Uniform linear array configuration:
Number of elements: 64
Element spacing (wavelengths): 1
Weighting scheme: blackman
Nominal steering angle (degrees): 0
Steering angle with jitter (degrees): -0.5397
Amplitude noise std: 0.05
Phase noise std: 0.05

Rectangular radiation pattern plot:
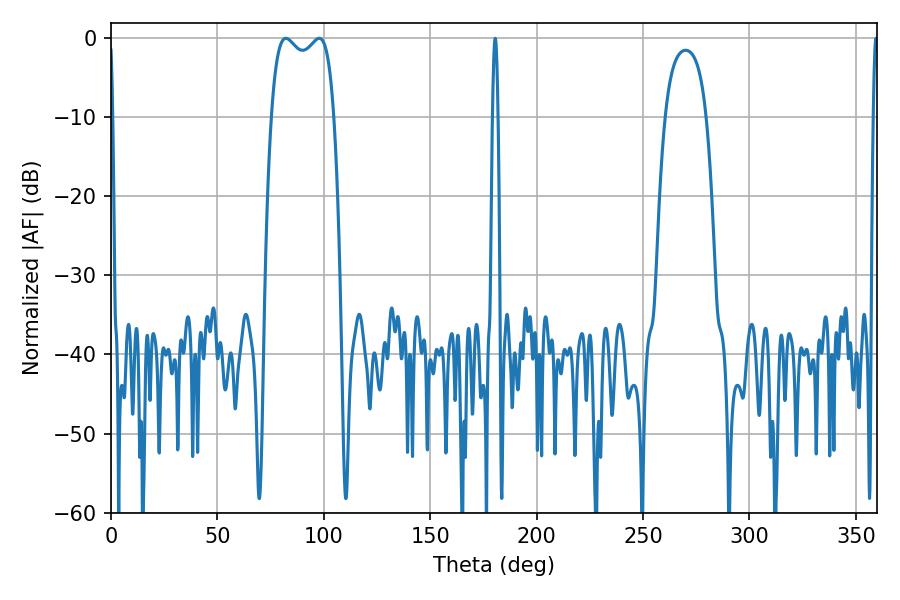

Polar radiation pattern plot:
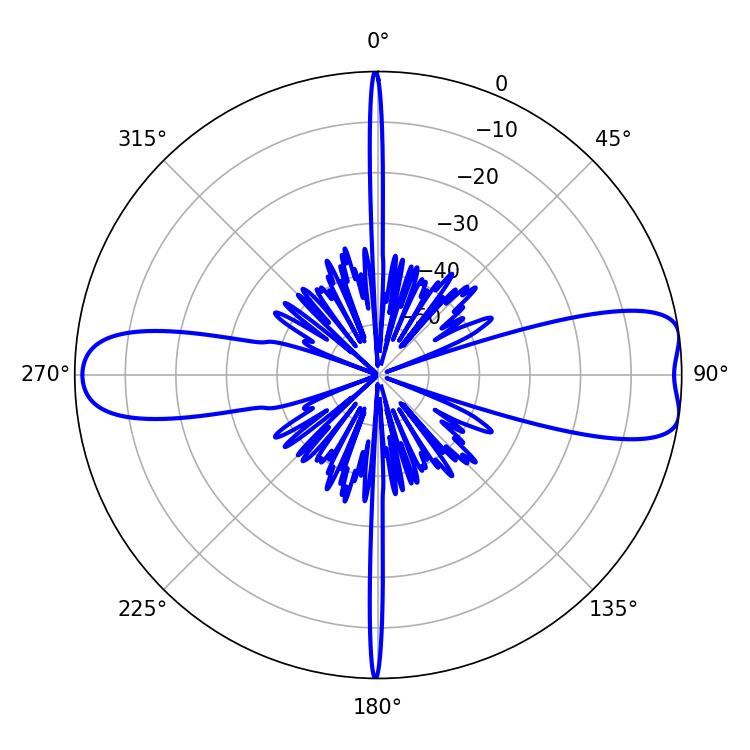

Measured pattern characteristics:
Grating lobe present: TRUE
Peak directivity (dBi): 9.673
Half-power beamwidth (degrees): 1.26
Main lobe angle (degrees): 359.46